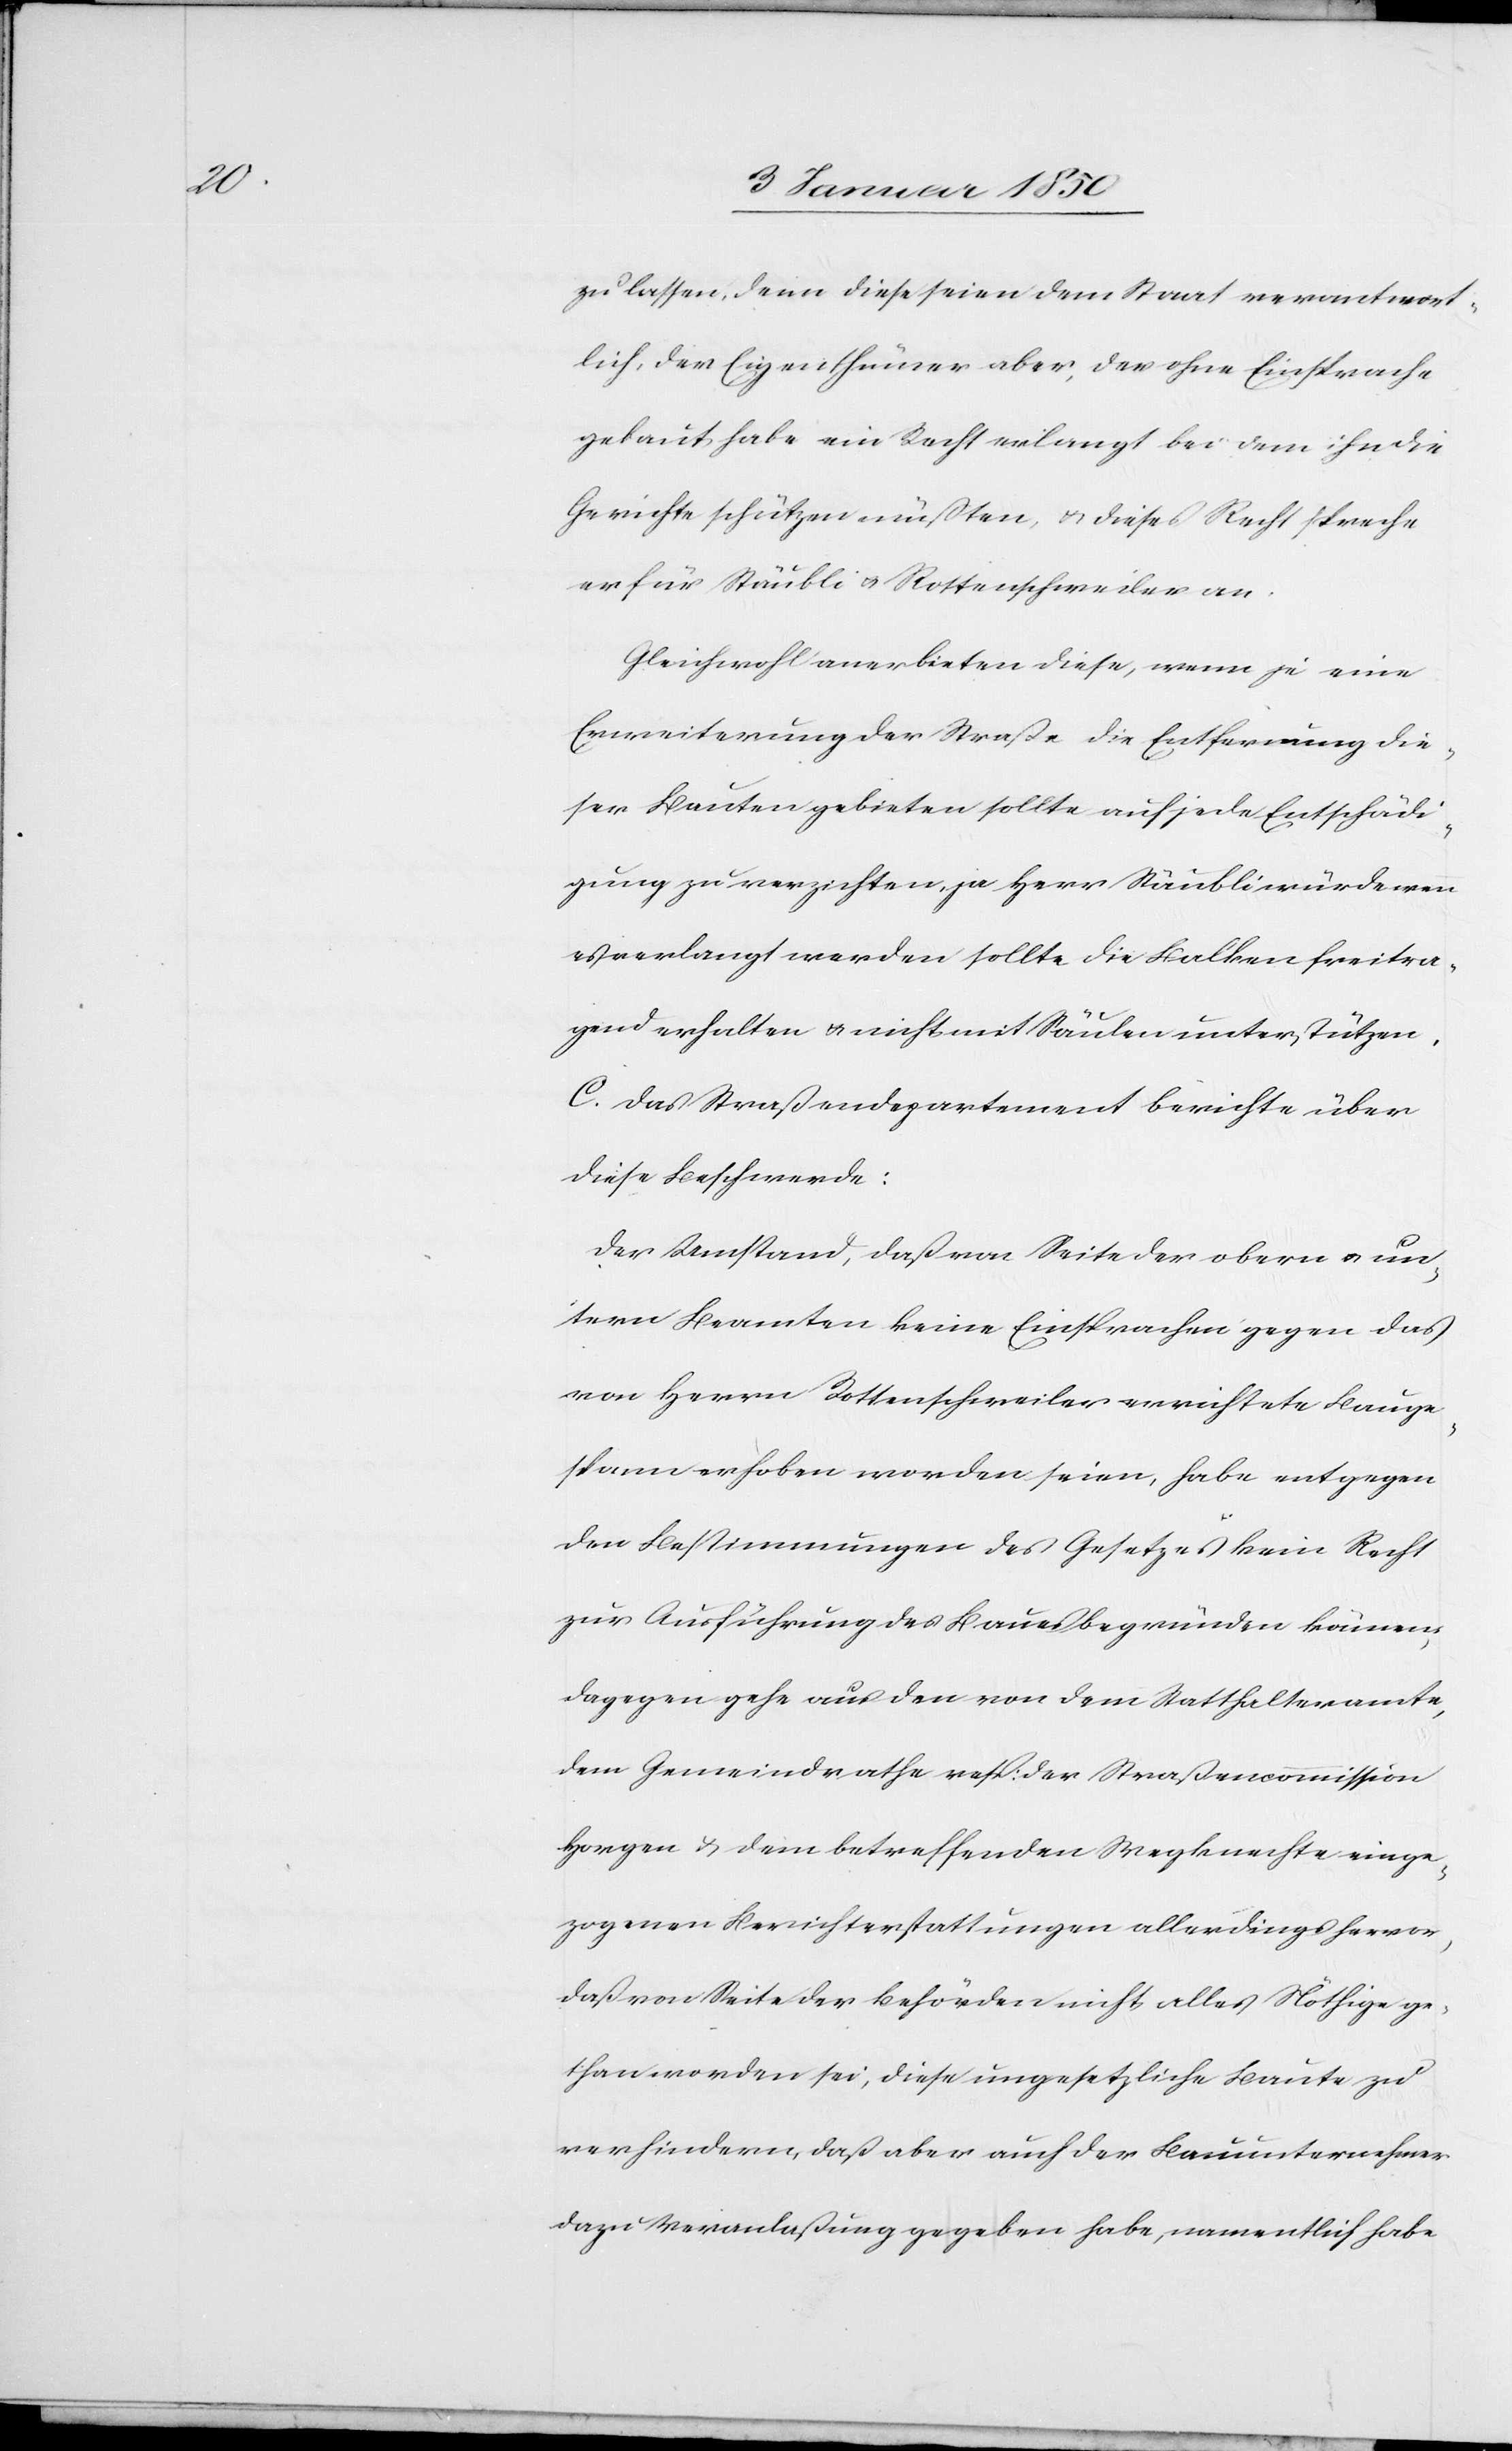
zu lassen, denn diese seien dem Staat verantwort¬
lich, der Eigenthümer aber, der ohne Einsprache
gebaut, habe ein Recht erlangt bei dem ihn die
Gerichte schützen müßten, u. dieses Recht spreche
er für Stäubli u. Rottenschweiler an.
Gleichwohl anerbieten diese, wenn je eine
Erweiterung der Straße die Entfernung die¬
ser Bauten gebieten sollte auf jede Entschädi¬
gung zu verzichten, ja Herr Stäubli würde wenn
es verlangt werden sollte die Balken freitra¬
gend erhalten u. nicht mit Säulen unterstützen.
C. Das Straßendepartement berichte über
diese Beschwerde:
Der Umstand, daß von Seite der obern u. un¬
tern Beamten keine Einsprachen gegen das
von Herrn Rottenschweiler errichtete Bauge¬
spann erhoben worden seien, habe entgegen
den Bestimmungen des Gesetzes kein Recht
zur Ausführung des Baues begründen können,
dagegen gehe aus den von dem Statthalteramte,
dem Gemeindrathe resp: der Straßencommission
Horgen u. dem betreffenden Wegknechte einge¬
zogenen Berichterstattungen allerdings hervor,
daß von Seite der Behörden nicht alles Nöthige ge¬
than worden sei, diese ungesetzliche Baute zu
verhindern, daß aber auch der Bauunternehmer
dazu Veranlaßung gegeben habe, namentlich habe